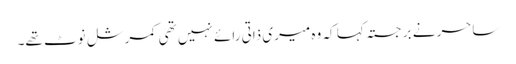
ساحر نے برجستہ کہا کہ وہ میری ذاتی رائے نہیں تھی کمرشل نوٹ تھے۔